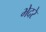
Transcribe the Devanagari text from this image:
भेदरे